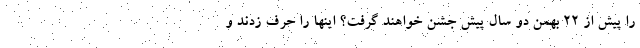
را پیش از ۲۲ بهمن دو سال پیش جشن خواهند گرفت؟ اینها را حرف زدند و